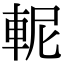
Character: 𨋗